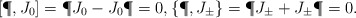
\begin{align*}[\P,J_0]=\P J_0-J_0\P=0, \{\P,J_\pm\}=\P J_\pm + J_\pm \P= 0.\end{align*}